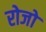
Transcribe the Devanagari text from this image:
रोजो